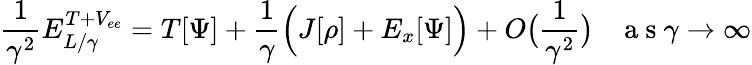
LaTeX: \frac{1}{\gamma^{2}}E_{L/\gamma}^{T+V_{ee}}=T[\Psi]+\frac{1}{\gamma}\Bigl(J[\rho]+E_{x}[\Psi]\Bigr)+O\bigl(\frac{1}{\gamma^{2}}\bigr)\; \; \; \mathrm{~a~s~}\gamma\to\infty